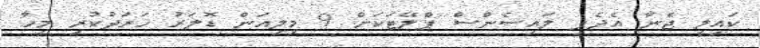
ކައިލީ ޖެނާ އެދެފި ލައިސެންސް ޕްލޭޓަކަށް 9 މިލިއަން ޑޮލަރު ހަރަދުކުރި މީހާ